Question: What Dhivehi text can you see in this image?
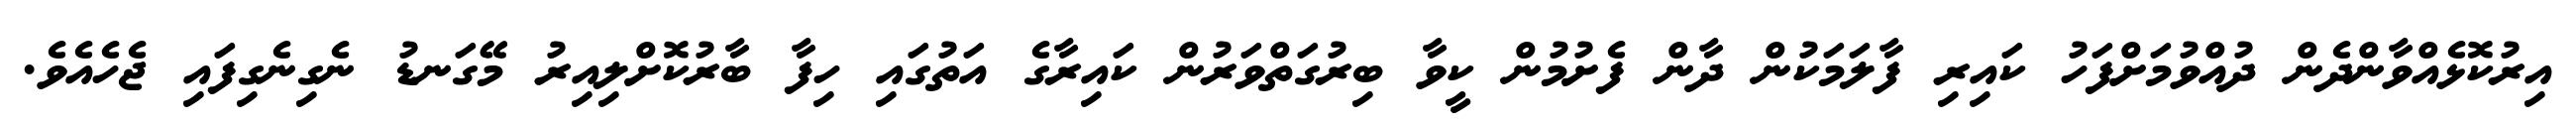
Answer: އިރުކޮޅެއްވާންދެން ދުއްވުމަށްފަހު ކައިރި ފާލަމަކުން ދާން ފެށުމުން ކީވާ ބިރުގަތްވަރުން ކައިރާގެ އަތުގައި ހިފާ ބާރުކޮށްލިއިރު މޭގަނޑު ނެގިނެގިފައި ޖެހެއެވެ.